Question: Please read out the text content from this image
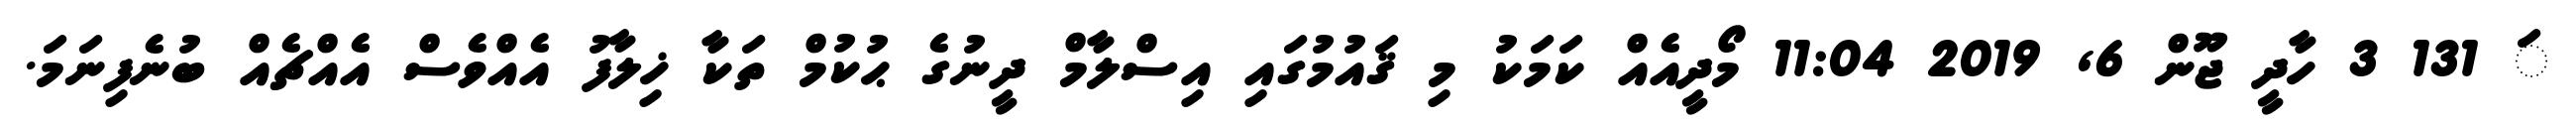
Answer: ަ 131 3 ހާދީ ޖޫން 6, 2019 11:04 މޯދީއެއް ކަމަކު މި ޤައުމުގައި އިސްލާމް ދީނުގެ ޙުކުމް ތަކާ ޚިލާފު އެއްވެސް އެއްޗެއް ބުނެފިނަމަ.